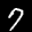
Label: 7